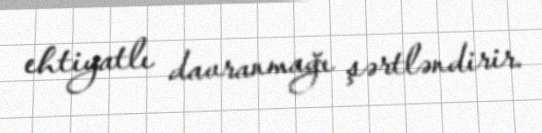
ehtiyatlı davranmağı şərtləndirir.